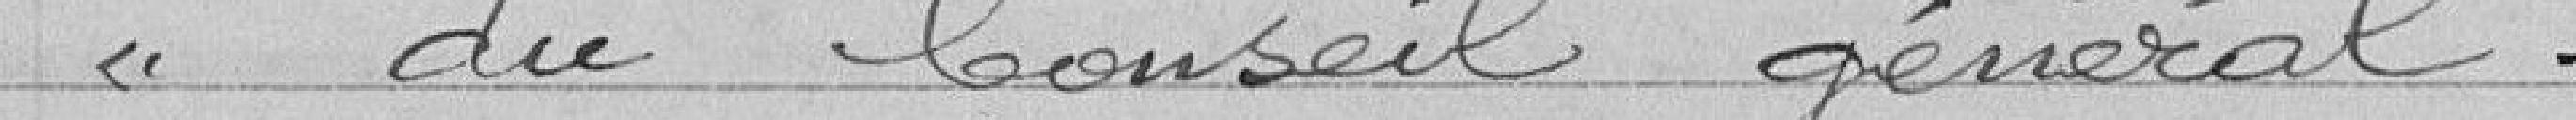
"du Conseil général.